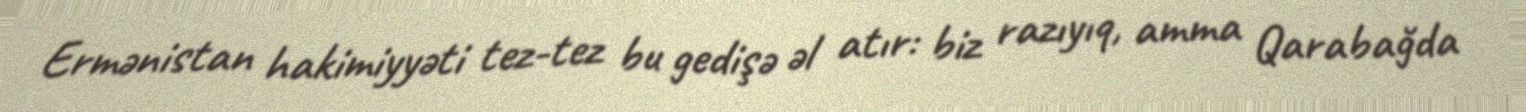
Ermənistan hakimiyyəti tez-tez bu gedişə əl atır: biz razıyıq, amma Qarabağda